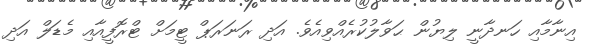
އިނާމާއި ހަނދާނީ ލިޔުން ޙަވާލުކުރެއްވިއެވެ. އަދި ރަނަރަޕް ޓީމަށް ޓްރޮފީއާއި މެޑަލް އަދި